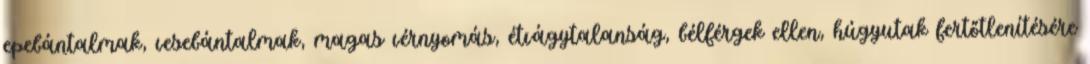
epebántalmak, vesebántalmak, magas vérnyomás, étvágytalanság, bélférgek ellen, húgyutak fertőtlenítésére